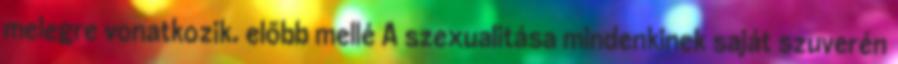
melegre vonatkozik. előbb mellé A szexualitása mindenkinek saját szuverén